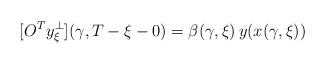
LaTeX: \begin{align*}[O^T y^\bot_\xi ](\gamma ,T-\xi-0)=\beta (\gamma ,\xi )\, y(x(\gamma ,\xi ))\end{align*}